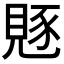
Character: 𧡄